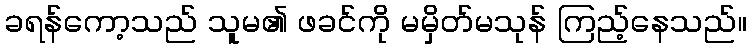
ခရန်ကော့သည် သူမ၏ ဖခင်ကို မမှိတ်မသုန် ကြည့်နေသည်။